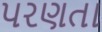
પરણતા